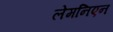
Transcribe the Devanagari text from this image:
लेमनिएन